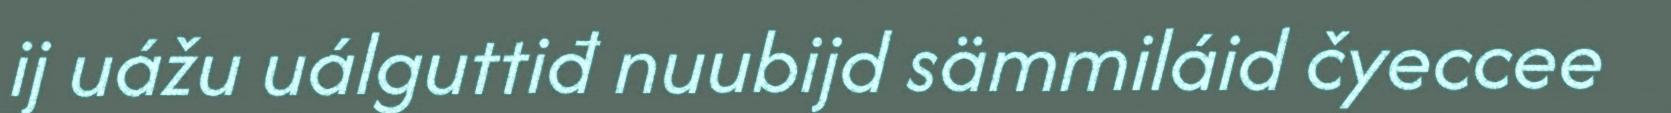
ij uážu uálguttiđ nuubijd sämmiláid čyeccee